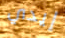
إيدي